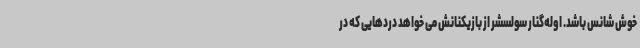
خوش شانس باشد. اوله‌گنار سولسشر از بازیکنانش می خواهد دردهایی که در